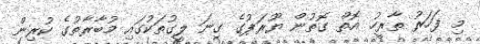
މި ފަހަރު ތާރީހު އޮތް ގޮތުން ޔޫރަޕުގެ ގިނަ ލީގުތަކުގައި މުބާރާތުގެ ކުރިން